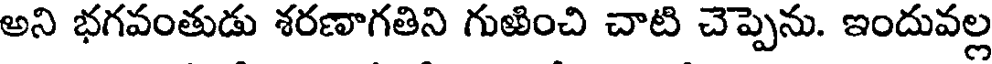
అని భగవంతుడు శరణాగతిని గుఱించి చాటి చెప్పెను. ఇందువల్ల